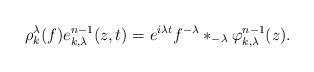
\begin{align*} \rho^{\lambda}_{k}(f)e^{n-1}_{k,\lambda}(z,t)= e^{i \lambda t} f^{-\lambda} \ast_{-\lambda} \varphi_{k,\lambda}^{n-1}(z).\end{align*}